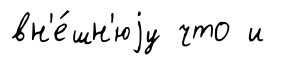
вн'е́шн'юjу что и